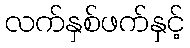
လက်နှစ်ဖက်နှင့်